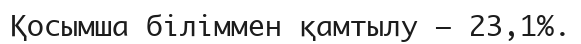
Қосымша біліммен қамтылу — 23,1%.